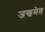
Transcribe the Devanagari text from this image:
जखमेत